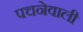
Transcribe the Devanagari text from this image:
पचनेवाली